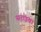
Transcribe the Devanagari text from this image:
सराइवा